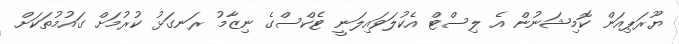
ޔޫރަޕިއަން ކޮމިޝަނުން އެ ލިސްޓް އެކުލަވައިލަނީ ޓެކްސްގެ ނިޒާމު ރަނގަޅު ކުރުމަށް ގައުމުތަކަށް